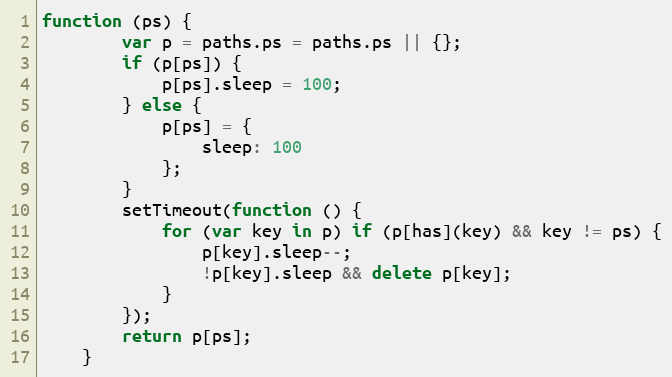
Language: JavaScript
function (ps) {
        var p = paths.ps = paths.ps || {};
        if (p[ps]) {
            p[ps].sleep = 100;
        } else {
            p[ps] = {
                sleep: 100
            };
        }
        setTimeout(function () {
            for (var key in p) if (p[has](key) && key != ps) {
                p[key].sleep--;
                !p[key].sleep && delete p[key];
            }
        });
        return p[ps];
    }